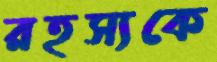
রহস্যকে